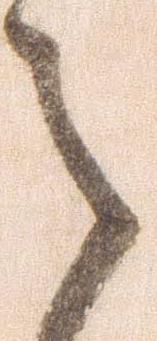
之